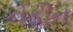
કોફીન